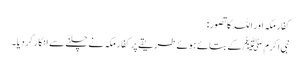
کفارِ مکہ اور اللہ کا تصور:
نبی اکرمﷺ کے بتائے ہوئے طریقے پر کفارِ مکہ نے چلنے سے انکار کر دیا۔